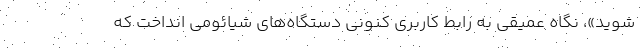
شوید»، نگاه عمیقی به رابط کاربری کنونی دستگاه‌های شیائومی انداخت که